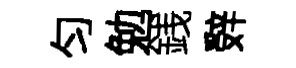
匀勉銭辤